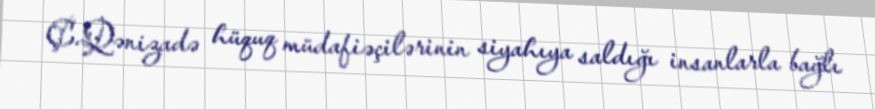
Ç.Qənizadə hüquq müdafiəçilərinin siyahıya saldığı insanlarla bağlı